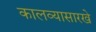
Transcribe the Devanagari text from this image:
कालव्यासारखे